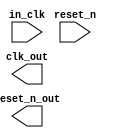
module nios_cpu_clk (
		input  wire  in_clk,      //       clk_in.clk
		input  wire  reset_n,     // clk_in_reset.reset_n
		output wire  clk_out,     //          clk.clk
		output wire  reset_n_out  //    clk_reset.reset_n
	);
endmodule